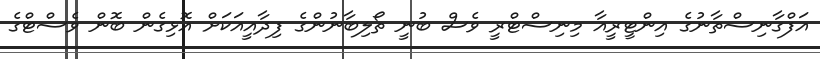
އަފްގާނިސްތާނުގެ އިންޓީރީއާ މިނިސްޓްރީ ވެސް ބުނީ ތޯލިބާނުންގެ ފިދާއީއަކަށް އޮޅިގެން ބޮން ވެސްޓްގެ